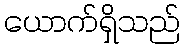
ယောက်ရှိသည်